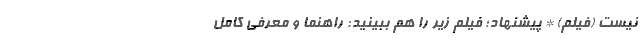
نیست (فیلم) * پیشنهاد؛ فیلم‌ زیر را هم ببینید: راهنما و معرفی کامل